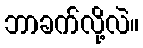
ဘာခက်လို့လဲ။